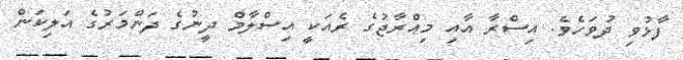
ފާޅުވި ދުވަހެވެ. އިސްރާ އާއި މިޢްރާޖުގެ ރެއަކީ އިސްލާމް ދީނުގެ ދަންމަރުގެ އަލިކަން